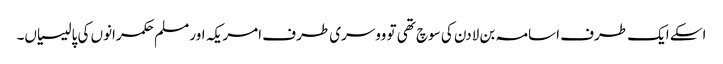
اسکے ایک طرف اسامہ بن لادن کی سوچ تھی تو ووسری طرف امریکہ اور مسلم حکمرانوں کی پالیسیاں۔